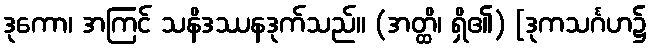
ဒုကော၊ အကြင် သနိဒဿနဒုက်သည်။ (အတ္ထိ၊ ရှိ၏) [ဒုကသင်္ဂဟ၌